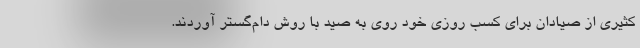
کثیری از صیادان برای کسب روزی خود روی به صید با روش دام‌گستر آوردند.